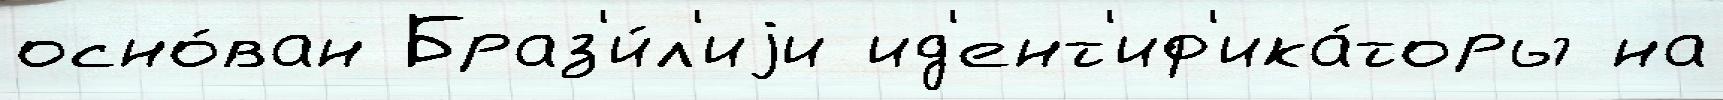
осно́ван Браз'и́л'иjи ид'ент'иф'ика́торы на